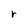
Character: r